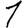
Digit: 1